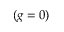
( g = 0 )